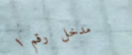
مدخل رقم ١